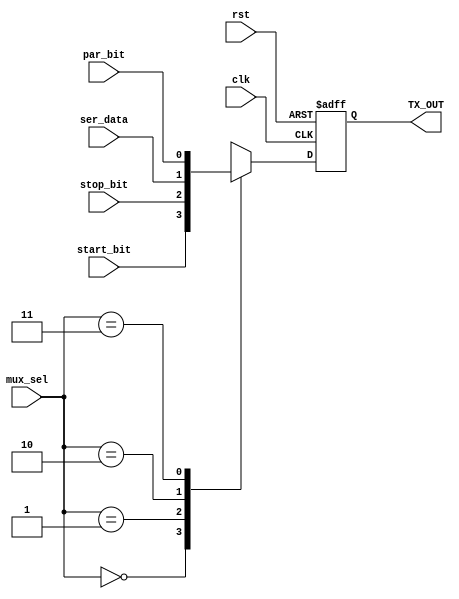
module MUX(
input	wire		clk,
input	wire		rst,
input	wire		start_bit,
input	wire		stop_bit,
input	wire		ser_data,
input	wire		par_bit,
input	wire	[1:0]	mux_sel,
output	reg		TX_OUT

);

always@(posedge clk or negedge rst)
begin
	if(!rst)
	begin
	TX_OUT <=1'b1;
	end
	else
begin
	case (mux_sel)

2'b00:	 TX_OUT <= start_bit; 
2'b01:	 TX_OUT <= stop_bit;
2'b10:	 TX_OUT <= ser_data;
2'b11:	 TX_OUT <= par_bit;
default: TX_OUT <= stop_bit;
	
	endcase
end

end


endmodule